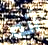
أنه